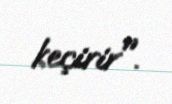
keçirir".